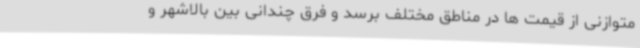
متوازنی از قیمت ها در مناطق مختلف برسد و فرق چندانی بین بالاشهر و